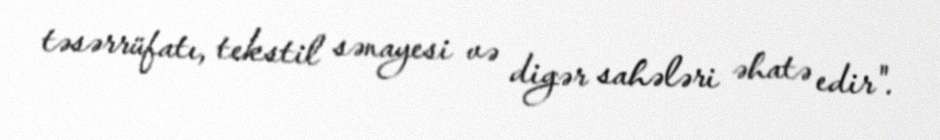
təsərrüfatı, tekstil sənayesi və digər sahələri əhatə edir".